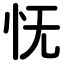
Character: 怃